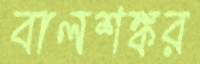
বালশঙ্কর